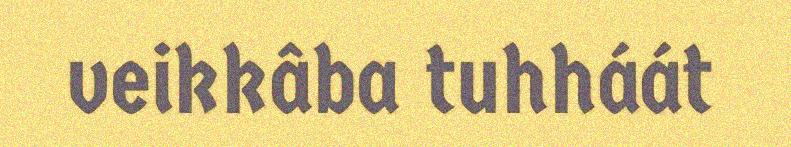
veikkâba tuhháát